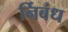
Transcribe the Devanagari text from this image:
र्निबंध